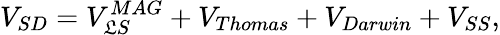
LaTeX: V_{SD}=V_{\mathfrak{L}S}^{MAG}+V_{Thomas}+V_{Darwin}+V_{SS},